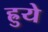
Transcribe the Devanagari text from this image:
ह्रुये